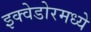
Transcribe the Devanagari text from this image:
इक्वेडोरमध्ये